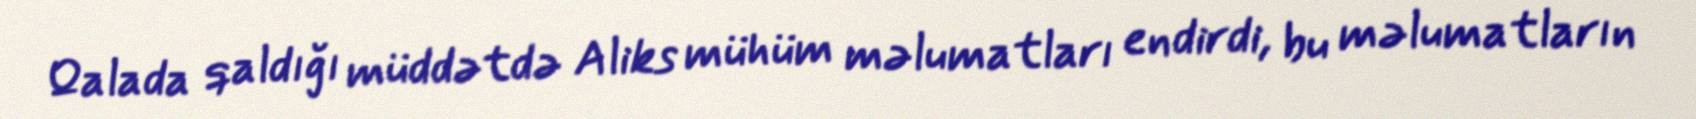
Qalada qaldığı müddətdə Aliks mühüm məlumatları endirdi, bu məlumatların